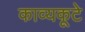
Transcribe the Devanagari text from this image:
काव्यकूटे